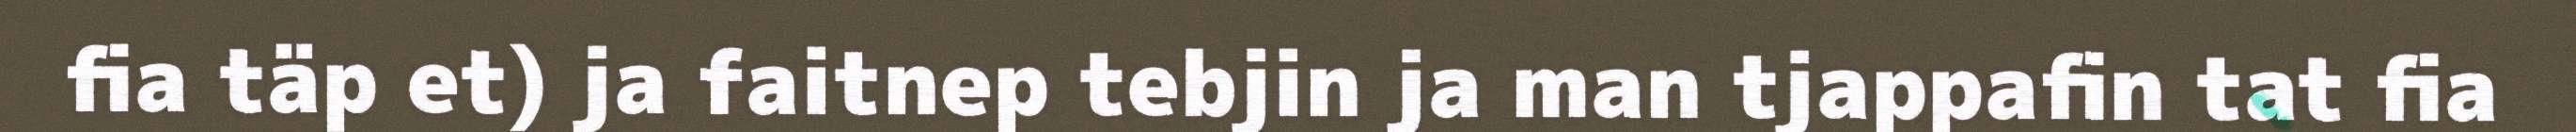
fia täp et) ja faitnep tebjin ja man tjappafin tat fia